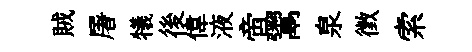
賊屠犧後偉液啻鬻泉徵索